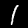
Label: 1